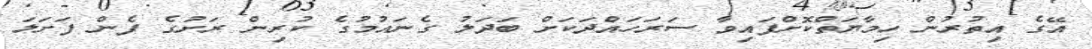
އޭގެ އިތުރުން ހިމާޔަތްކޮށްފައިވާ ސަރަހައްދަކަށް ބަދަލު ގެނައުމުގެ ކުރިން ރަށުގެ ފެން ފަށަލަ